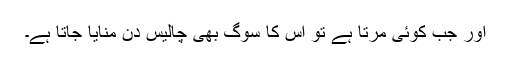
اور جب کوئی مرتا ہے تو اس کا سوگ بھی چالیس دن منایا جاتا ہے۔